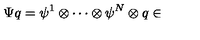
\Psi q = \psi ^ { 1 } \otimes \cdots \otimes \psi ^ { N } \otimes q \in